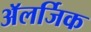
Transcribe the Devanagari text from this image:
अॅलर्जिक